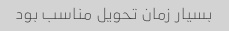
بسیار زمان تحویل مناسب بود